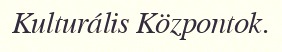
Kulturális Központok.